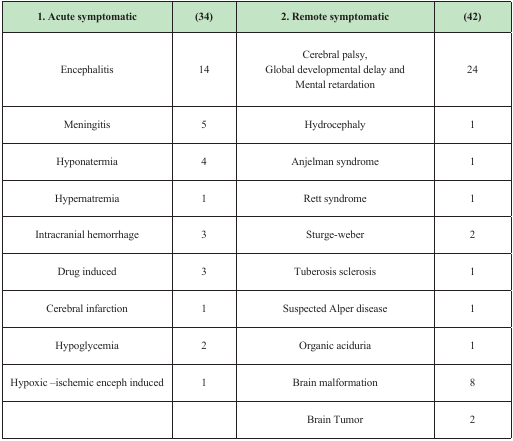
<table><thead><tr><td><b>1. Acute symptomatic</b></td><td><b>(34)</b></td><td><b>2. Remote symptomatic</b></td><td><b>(42)</b></td></tr></thead><tbody><tr><td>Encephalitis</td><td>14</td><td>Cerebral palsy,Global developmental delay andMental retardation</td><td>24</td></tr><tr><td>Meningitis</td><td>5</td><td>Hydrocephaly</td><td>1</td></tr><tr><td>Hyponatermia</td><td>4</td><td>Anjelman syndrome</td><td>1</td></tr><tr><td>Hypernatremia</td><td>1</td><td>Rett syndrome</td><td>1</td></tr><tr><td>Intracranial hemorrhage</td><td>3</td><td>Sturge-weber</td><td>2</td></tr><tr><td>Drug induced</td><td>3</td><td>Tuberosis sclerosis</td><td>1</td></tr><tr><td>Cerebral infarction</td><td>1</td><td>Suspected Alper disease</td><td>1</td></tr><tr><td>Hypoglycemia</td><td>2</td><td>Organic aciduria</td><td>1</td></tr><tr><td>Hypoxic –ischemic enceph induced</td><td>1</td><td>Brain malformation</td><td>8</td></tr><tr><td></td><td></td><td>Brain Tumor</td><td>2</td></tr></tbody></table>